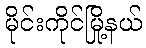
မိုင်းကိုင်မြို့နယ်